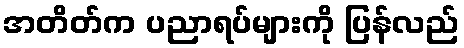
အတိတ်က ပညာရပ်များကို ပြန်လည်